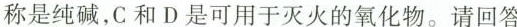
称是纯碱，C 和 D 是可用于灭火的氧化物。请回答